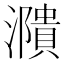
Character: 濻